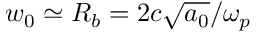
w _ { 0 } \simeq R _ { b } = 2 c \sqrt { a _ { 0 } } / \omega _ { p }